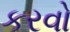
કરવો